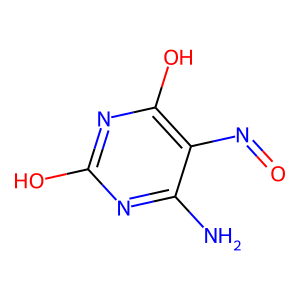
SMILES: Nc1nc(O)nc(O)c1N=O
Inhibits HIV replication: No